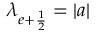
\lambda _ { e + \frac { 1 } { 2 } } = | a |